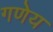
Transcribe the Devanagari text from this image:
गणेय